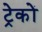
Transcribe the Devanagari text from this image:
ट्रेकों